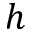
h